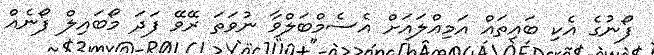
ފޯނުގެ އެކި ބައިތައް އަމިއްލައަށް އެސެމްބަލްވާ ނުވަތަ ރޭވޭ ފަދަ މޯބައިލް ފޯނެއް